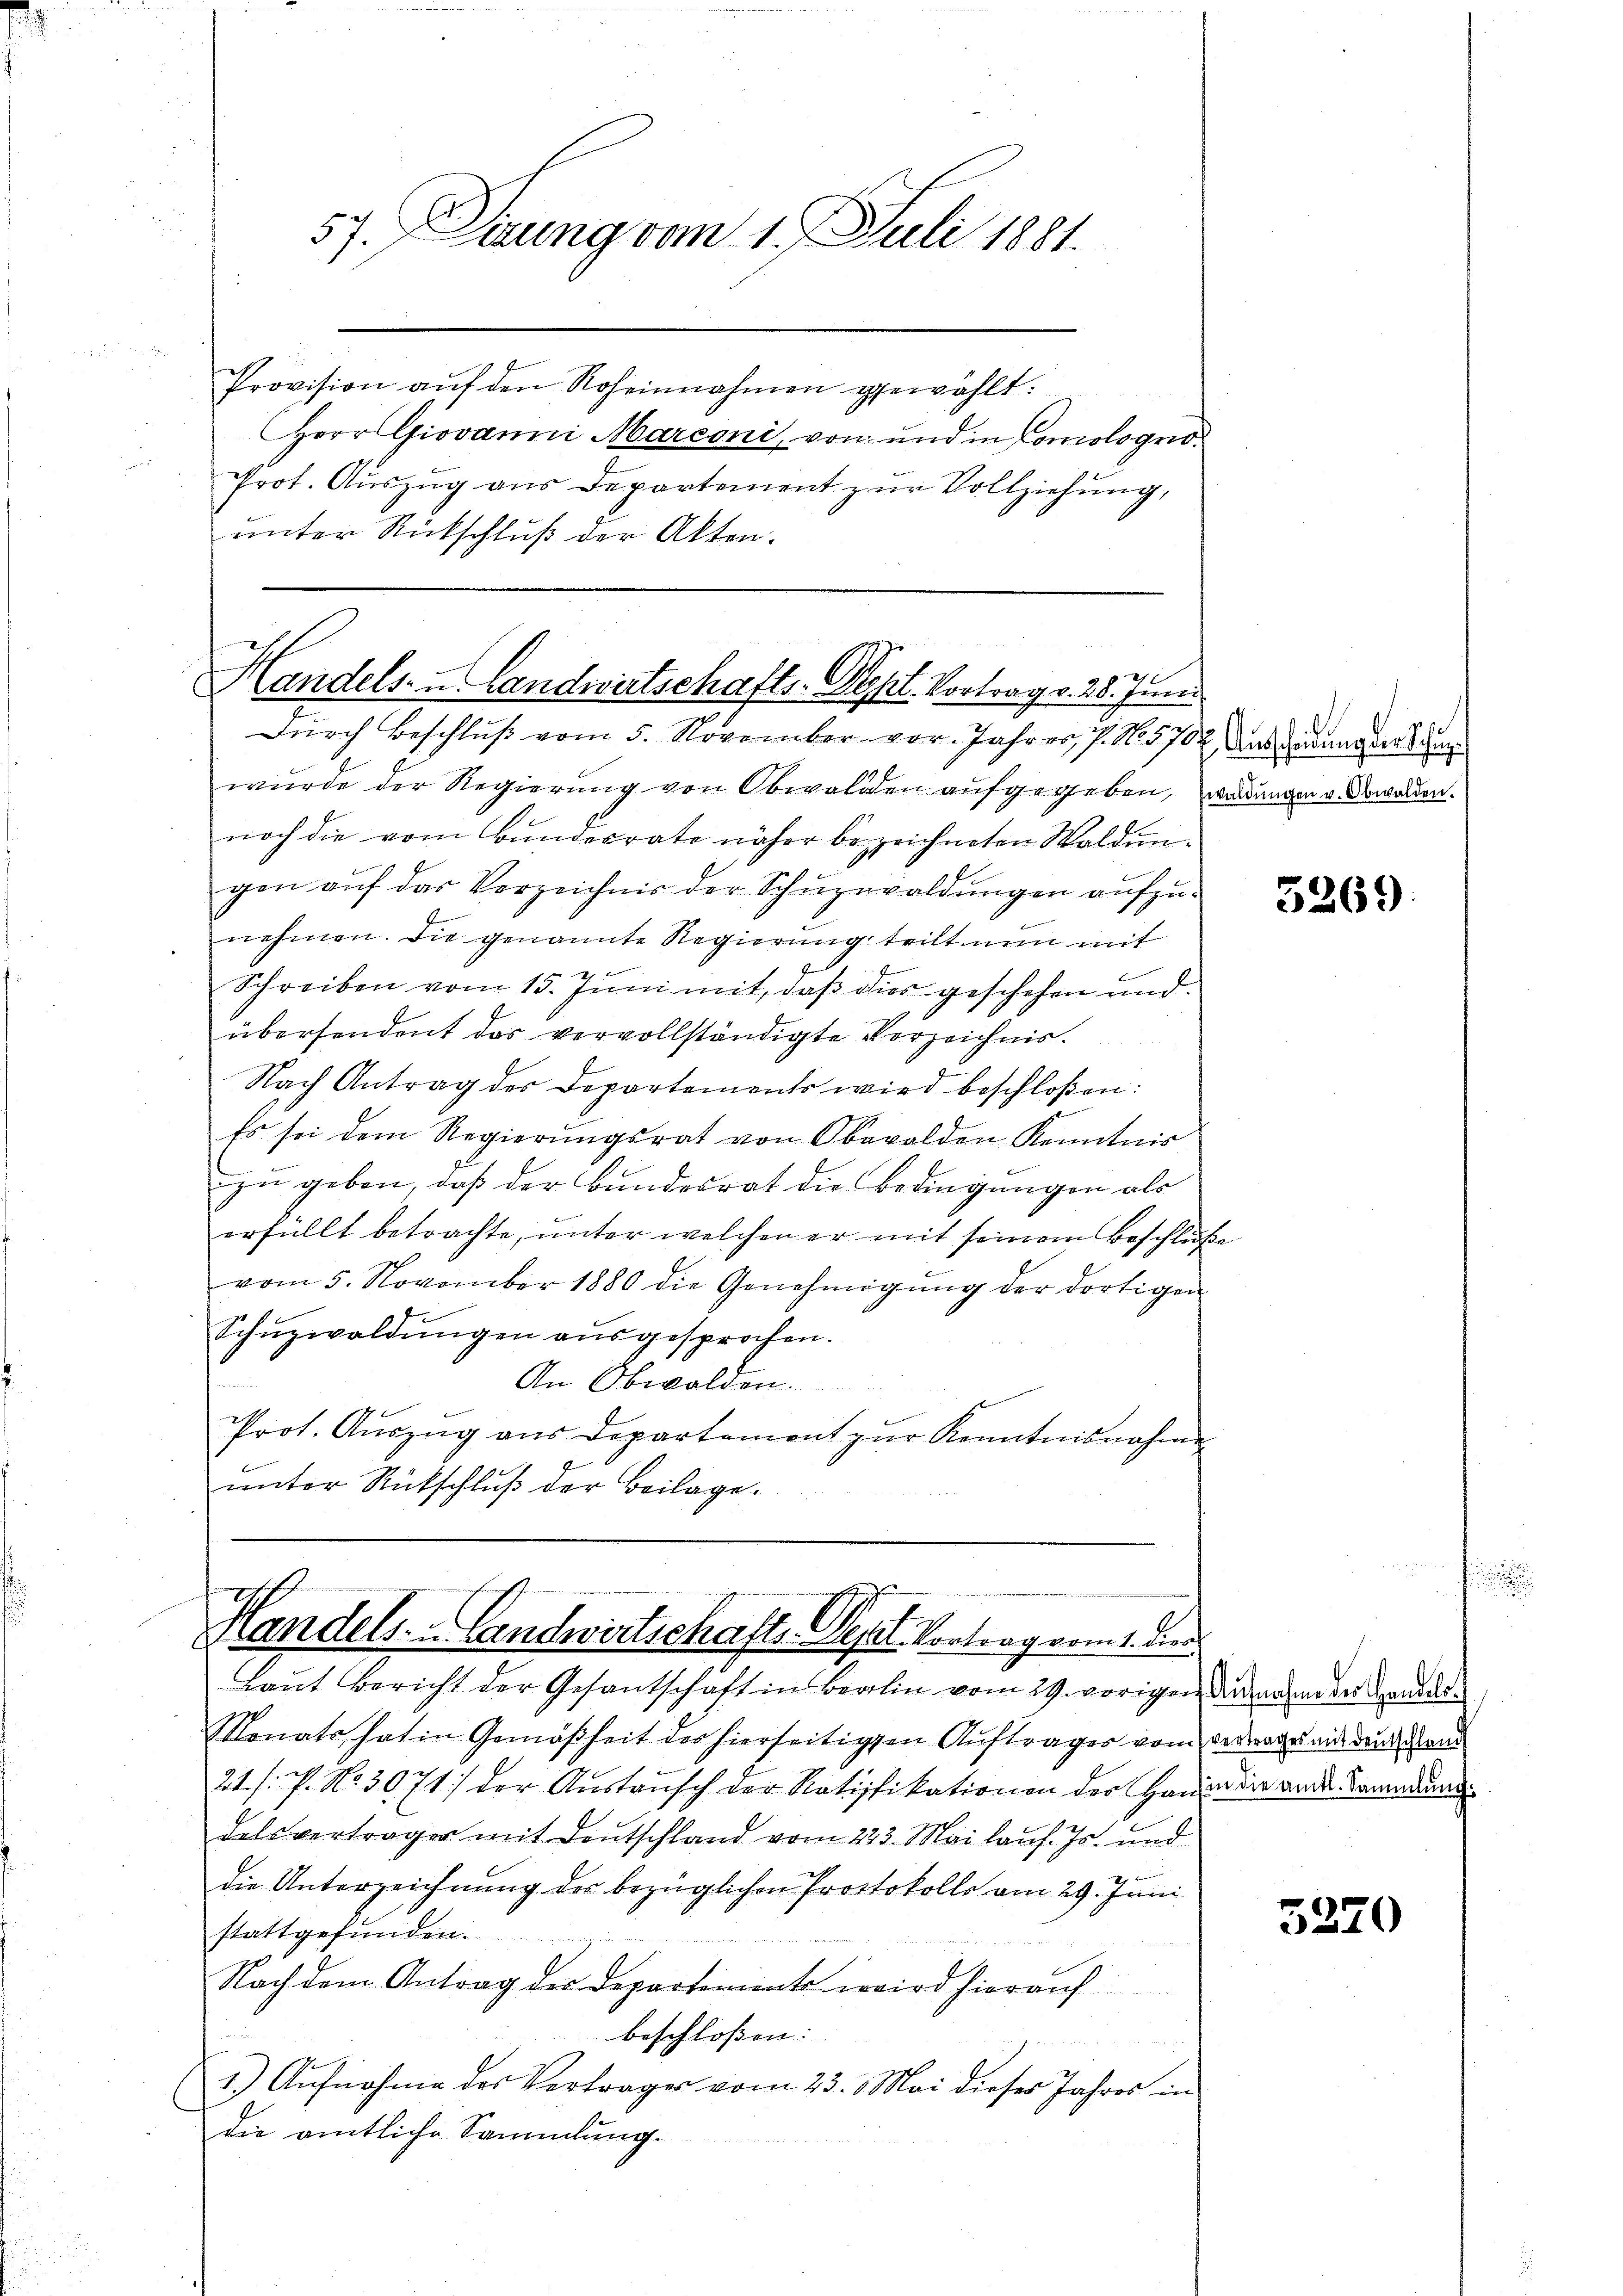
57. Derung vom 1. Juli 1881.

Provision aŭf den Roheinnahmen gewählt:
Herr Giovanni Marconi, von und in Comologno
Prot. Auszug aus Departement zur Vollziehung,
unter Rückschluß der Akten.

Handels- u. Landwirtschafts-Sept. Vortrag v. 28. Juni

Durch Beschluß vom 5. November vor. Jahres, P. No. 5702, Ausserung erkun
wurde der Regierung von Obwalden aufgegeben, werdungen v. Obwalden.
noch die vom Bundesrate näher bezeichneten Waldungen auf das Verzeichnis der Schuzewaldungen aufzunehmen. Die genannte Regierung teilt nun mit
2
Schreiben vom 15. Juni mit, daß dies geschehen und
übersendent des vervollständigte Verzeichnis.
Nach Antrag der Departements wird beschloßen:
Es sei dem Regierŭngsrat von Oberolden Kenntnis
zu geben, daß der Bundesrat die Bedingungen als
erfüllt betrachte, unter welchen er mit seinem Beschluße
vom 5. November 1880 die Genehmigŭng der dortigen
Schüzwaldŭngen aŭsgesprochen.
An Obwalden.
Prot. Aŭszŭg aŭs Departement zŭr Kenntnisnahme
unter Rückschluß der Beilage.

Handels- u. Landwirtschafts-Sept. Vortrag vom 1. Dien

Laut Bericht der Gesantschaft in Berlin vom 29. vorigen dann der Handes¬
Monats hat in Gemäßheit des hierseitigen Auftrages vom Ordnage ein den Hand
21. s. f. No. 3071) der Austausch der Ratifikationen der Hause die ander Tomadun
delsverträger mit Deutschland vom 223. Mai lauf. Js. und

die Unterzeichnung der bezüglichen Protokolls am 29. Juni
stattgefunden.
Nach dem Antrag des Departiment wird hierauf
beschloßen:
1.) Aufnahme des Vertrages vom 23. Mai dieser Jahres in
die amtliche Sammlung.

3269.

3270